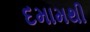
દમામથી